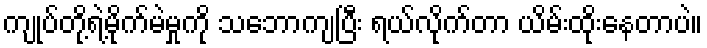
ကျုပ်တို့ရဲ့မိုက်မဲမှုကို သဘောကျပြီး ရယ်လိုက်တာ ယိမ်းထိုးနေတာပဲ။